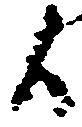
候